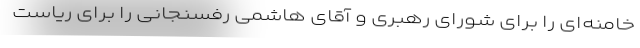
خامنه‌ای را برای شورای رهبری و آقای هاشمی رفسنجانی را برای ریاست